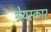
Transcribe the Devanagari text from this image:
श्रेयस्कार